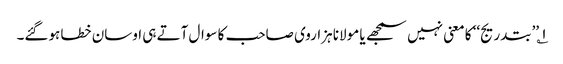
۱؎ ’’بتدریج‘‘ کا معنی نہیں سمجھے یا مولانا ہزاروی صاحب کا سوال آتے ہی اوسان خطا ہوگئے۔